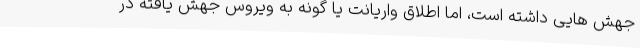
جهش هایی داشته است، اما اطلاق واریانت یا گونه به ویروس جهش یافته در